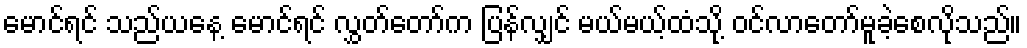
မောင်ရင် သည်ယနေ့ မောင်ရင် လွှတ်တော်က ပြန်လျှင် မယ်မယ့်ထံသို့ ဝင်လာတော်မူခဲ့စေလိုသည်။